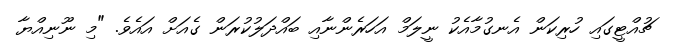
ޗުއްޓީގައި ހުރިކަން އެނގުމާއެކު ނީލަމް އަހަރެންނާއި ބައްދަލުކުރަން ގެއަށް އައެވެ. "މި ނޫނިއްޔާ